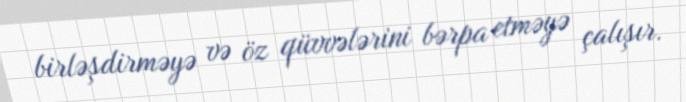
birləşdirməyə və öz qüvvələrini bərpa etməyə çalışır.